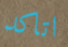
اتاكد